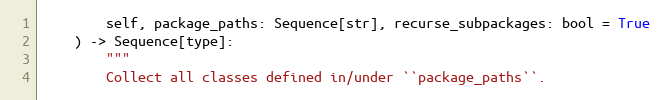
Language: Python
        self, package_paths: Sequence[str], recurse_subpackages: bool = True
    ) -> Sequence[type]:
        """
        Collect all classes defined in/under ``package_paths``.